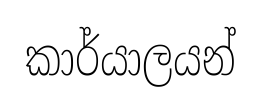
කාර්යාලයන්